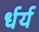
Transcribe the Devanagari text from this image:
र्धर्य